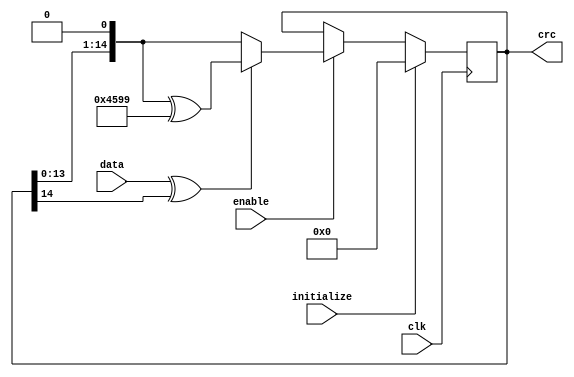
//////////////////////////////////////////////////////////////////////
////                                                              ////
////  can_crc.v                                                   ////
////                                                              ////
////                                                              ////
////  This file is part of the CAN Protocol Controller            ////
////  http://www.opencores.org/projects/can/                      ////
////                                                              ////
////                                                              ////
////  Author(s):                                                  ////
////       Igor Mohor                                             ////
////       igorm@opencores.org                                    ////
////                                                              ////
////                                                              ////
////  All additional information is available in the README.txt   ////
////  file.                                                       ////
////                                                              ////
//////////////////////////////////////////////////////////////////////
////                                                              ////
//// Copyright (C) 2002, 2003, 2004 Authors                       ////
////                                                              ////
//// This source file may be used and distributed without         ////
//// restriction provided that this copyright statement is not    ////
//// removed from the file and that any derivative work contains  ////
//// the original copyright notice and the associated disclaimer. ////
////                                                              ////
//// This source file is free software; you can redistribute it   ////
//// and/or modify it under the terms of the GNU Lesser General   ////
//// Public License as published by the Free Software Foundation; ////
//// either version 2.1 of the License, or (at your option) any   ////
//// later version.                                               ////
////                                                              ////
//// This source is distributed in the hope that it will be       ////
//// useful, but WITHOUT ANY WARRANTY; without even the implied   ////
//// warranty of MERCHANTABILITY or FITNESS FOR A PARTICULAR      ////
//// PURPOSE.  See the GNU Lesser General Public License for more ////
//// details.                                                     ////
////                                                              ////
//// You should have received a copy of the GNU Lesser General    ////
//// Public License along with this source; if not, download it   ////
//// from http://www.opencores.org/lgpl.shtml                     ////
////                                                              ////
//// The CAN protocol is developed by Robert Bosch GmbH and       ////
//// protected by patents. Anybody who wants to implement this    ////
//// CAN IP core on silicon has to obtain a CAN protocol license  ////
//// from Bosch.                                                  ////
////                                                              ////
//////////////////////////////////////////////////////////////////////
//
// CVS Revision History
//
// $Log: not supported by cvs2svn $
// Revision 1.4  2003/07/16 13:16:51  mohor
// Fixed according to the linter.
//
// Revision 1.3  2003/02/10 16:02:11  mohor
// CAN is working according to the specification. WB interface and more
// registers (status, IRQ, ...) needs to be added.
//
// Revision 1.2  2003/02/09 02:24:33  mohor
// Bosch license warning added. Error counters finished. Overload frames
// still need to be fixed.
//
// Revision 1.1  2003/01/08 02:10:54  mohor
// Acceptance filter added.
//
//
//
//

// synopsys translate_off
//`include "timescale.v"
// synopsys translate_on

module can_crc (clk, data, enable, initialize, crc);


parameter Tp = 1;

input         clk;
input         data;
input         enable;
input         initialize;

output [14:0] crc;

reg    [14:0] crc;

wire          crc_next;
wire   [14:0] crc_tmp;


assign crc_next = data ^ crc[14];
assign crc_tmp = {crc[13:0], 1'b0};

always @ (posedge clk)
begin
  if(initialize)
    crc <= #Tp 15'h0;
  else if (enable)
    begin
      if (crc_next)
        crc <= #Tp crc_tmp ^ 15'h4599;
      else
        crc <= #Tp crc_tmp;
    end    
end


endmodule